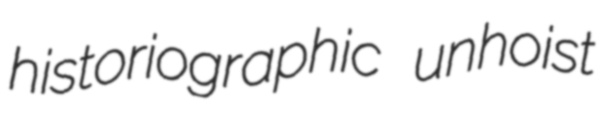
historiographic unhoist